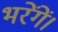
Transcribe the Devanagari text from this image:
भरेंगें।